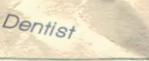
Dentist